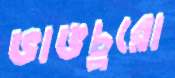
ভাঙচুরো